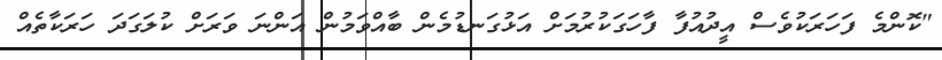
"ކޮންމެ ފަހަރަކުވެސް އީދުއުފާ ފާހަގަކުރުމަށް އަޅުގަނޑުމެން ބާއްވަމުން އަންނަ ވަރަށް ކުލަގަދަ ހަރަކާތެއް